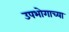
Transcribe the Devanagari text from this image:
उपभोगाच्या